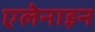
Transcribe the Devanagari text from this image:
एलेनाइन